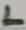
Text: L